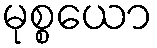
မုစ္စယော